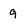
Character: g